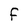
Character: F